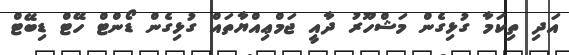
އަދި ތިކަމާ ގުޅިގެން މަޝްހޫރު ދާއީ ޖަމްޢިއްޔާތައް ގުޅިގެން ޑޯންޓް ހޭޓް ޑިބޭޓް